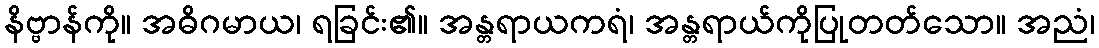
နိဗ္ဗာန်ကို။ အဓိဂမာယ၊ ရခြင်း၏။ အန္တရာယကရံ၊ အန္တရာယ်ကိုပြုတတ်သော။ အညံ၊